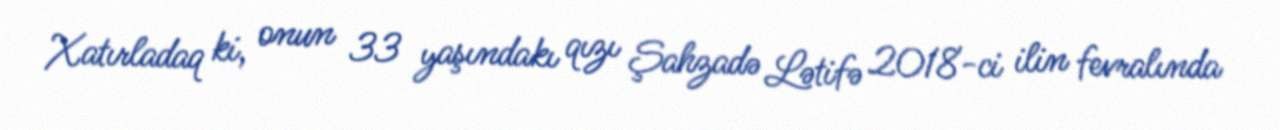
Xatırladaq ki, onun 33 yaşındakı qızı Şahzadə Lətifə 2018-ci ilin fevralında